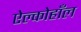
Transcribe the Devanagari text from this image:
ऐल्कोहाँल